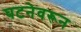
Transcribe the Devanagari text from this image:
घटनेवरून